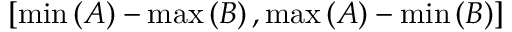
\left[ \operatorname* { m i n } \left( A \right) - \operatorname* { m a x } \left( B \right) , \operatorname* { m a x } \left( A \right) - \operatorname* { m i n } \left( B \right) \right]